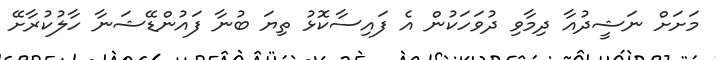
މަށަށް ނަޝީދުއާ ދިމާވި ދުވަހަކުން އެ ފައިސާކޮޅު ތިޔަ ބުނާ ފައުންޑޭޝަނާ ހާލުކުރާށޭ